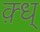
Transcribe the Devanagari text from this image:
क़्ध्